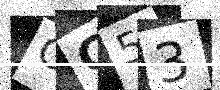
Text: GG53